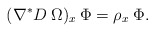
\begin{align*}(\nabla^*D \: \Omega)_x \: \Phi = \rho_x \: \Phi .\end{align*}